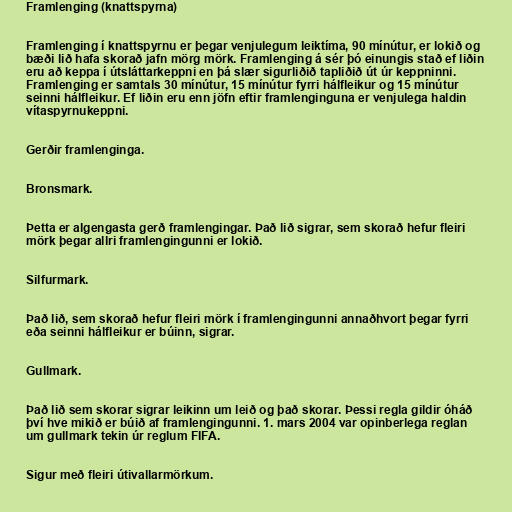
Framlenging (knattspyrna)

Framlenging í knattspyrnu er þegar venjulegum leiktíma, 90 mínútur, er lokið og
bæði lið hafa skorað jafn mörg mörk. Framlenging á sér þó einungis stað ef liðin
eru að keppa í útsláttarkeppni en þá slær sigurliðið tapliðið út úr keppninni.
Framlenging er samtals 30 mínútur, 15 mínútur fyrri hálfleikur og 15 mínútur
seinni hálfleikur. Ef liðin eru enn jöfn eftir framlenginguna er venjulega haldin
vítaspyrnukeppni.

Gerðir framlenginga.

Bronsmark.

Þetta er algengasta gerð framlengingar. Það lið sigrar, sem skorað hefur fleiri
mörk þegar allri framlengingunni er lokið.

Silfurmark.

Það lið, sem skorað hefur fleiri mörk í framlengingunni annaðhvort þegar fyrri
eða seinni hálfleikur er búinn, sigrar.

Gullmark.

Það lið sem skorar sigrar leikinn um leið og það skorar. Þessi regla gildir óháð
því hve mikið er búið af framlengingunni. 1. mars 2004 var opinberlega reglan
um gullmark tekin úr reglum FIFA.

Sigur með fleiri útivallarmörkum.